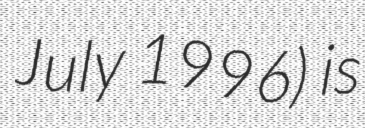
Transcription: July 1996) is